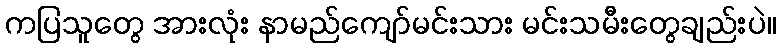
ကပြသူတွေ အားလုံး နာမည်ကျော်မင်းသား မင်းသမီးတွေချည်းပဲ။